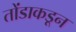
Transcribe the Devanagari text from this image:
तोंडाकडून